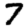
Digit: 7